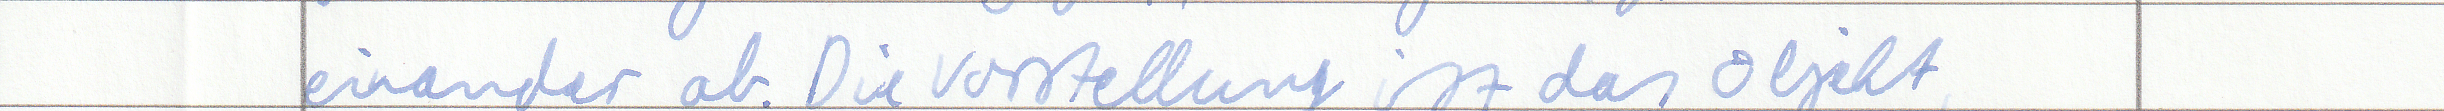
einander ab. Die Vorstellung ist das Objekt